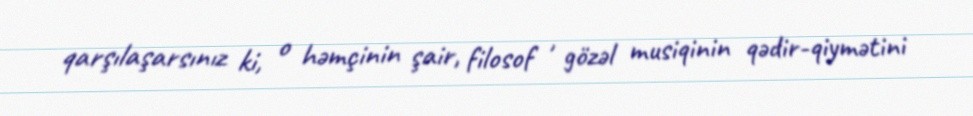
qarşılaşarsınız ki, o həmçinin şair, filosof , gözəl musiqinin qədir-qiymətini